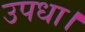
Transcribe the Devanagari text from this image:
उपधा।